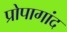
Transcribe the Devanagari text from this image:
प्रोपागांद